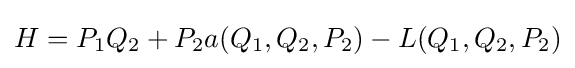
H=P_{1}Q_{2}+P_{2}a(Q_{1},Q_{2},P_{2})-L(Q_{1},Q_{2},P_{2})